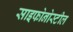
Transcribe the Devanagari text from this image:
साइफोनोस्टील